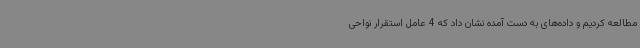
مطالعه کردیم و داده‌های به دست آمده نشان داد که 4 عامل استقرار نواحی